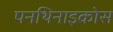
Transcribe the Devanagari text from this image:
पनथिनाइकोस